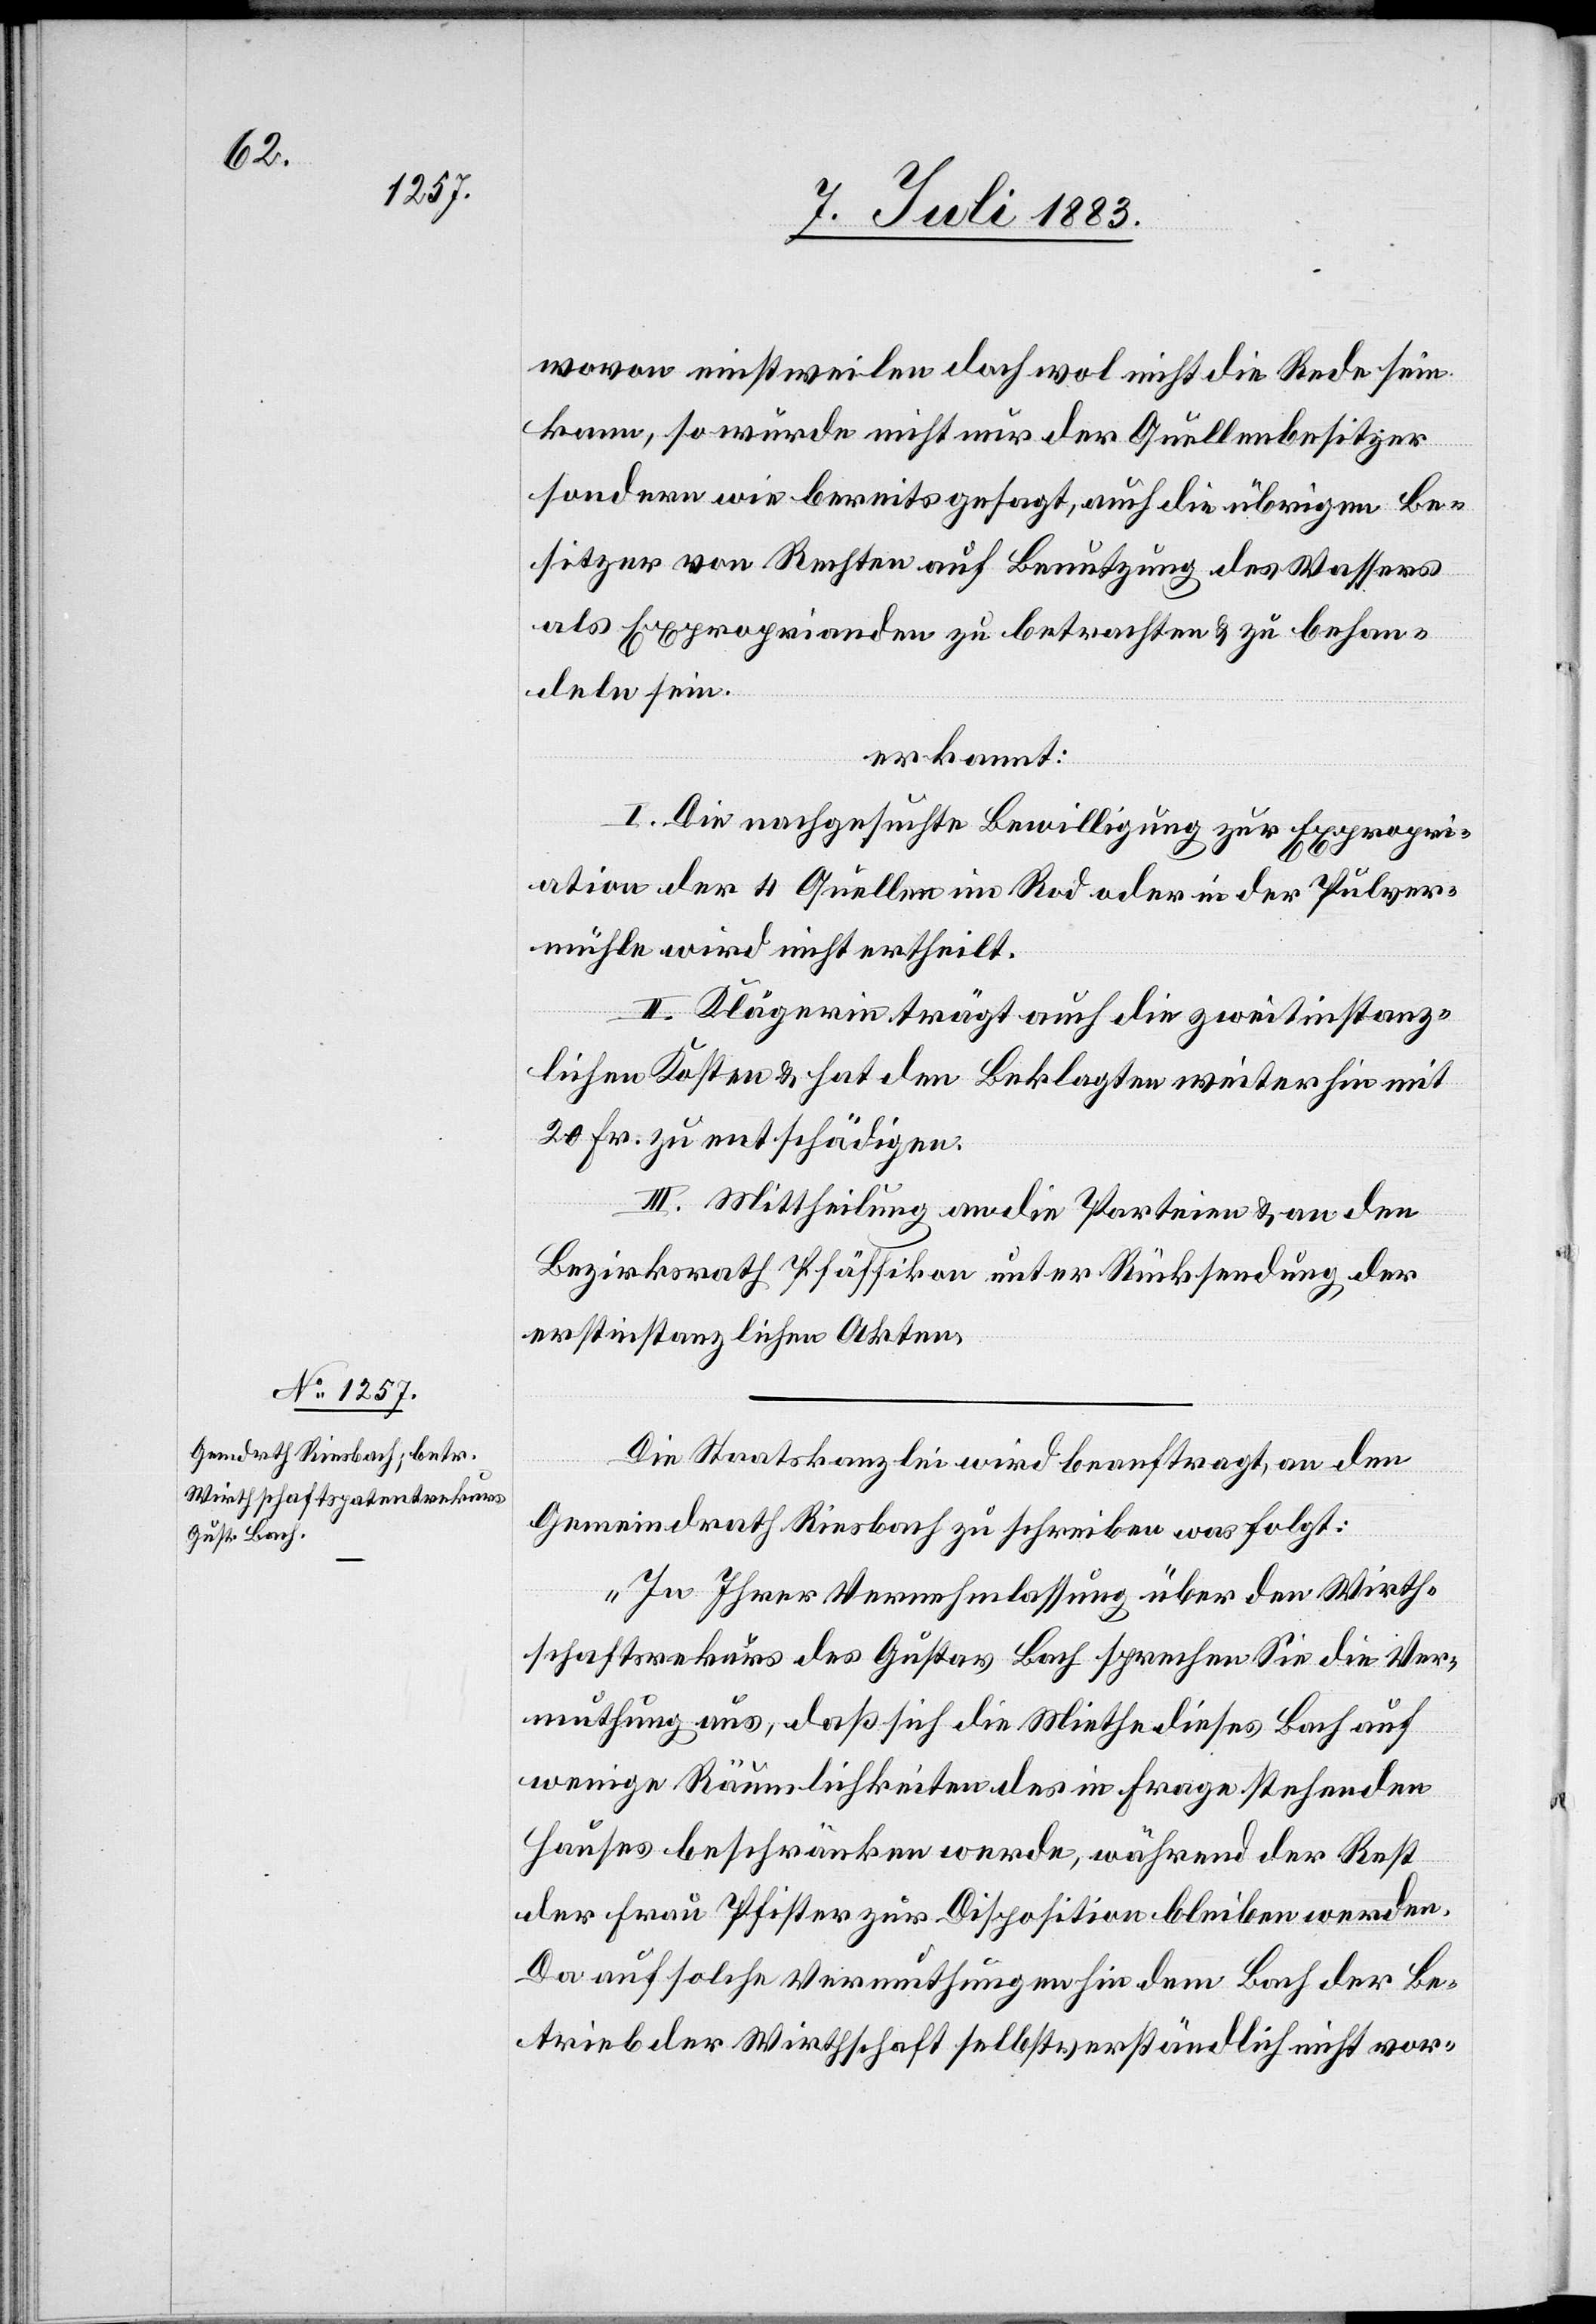
wovon einstweilen doch wol nicht die Rede sein
kann, so würde[n] nicht nur der Quellbesitzer
sondern wie bereits gesagt, auch die übrigen Be¬
sitzer von Rechten auf Benutzung des Wassers
als Exproprianden zu betrachten & zu behan¬
deln sein.
erkannt:
I. Die nachgesuchte Bewilligung zur Expropri¬
ation der 4 Quellen im Rod oder in der Pulver¬
mühle wird nicht ertheilt.
II. Klägerin trägt auch die zweitinstanz¬
lichen Kosten & hat den Beklagten weiterhin mit
20 Fr. zu entschädigen.
III. Mittheilung an die Parteien & an den
Bezirksrath Pfäffikon unter Rücksendung der
erstinstanzlichen Akten.
Die Staatskanzlei wird beauftragt, an den
Gemeindrath Riesbach zu schreiben was folgt:
„In Ihrer Vernehmlassung über den Wirth¬
schaftspatentrekurs des Gustav Bach sprechen Sie die Ver¬
muthung aus, daß sich die Miethe dieses Bach auf
wenige Räumlichkeiten des in Frage stehenden
Hauses beschränken werde, während der Rest
der Frau Pfister zur Disposition bleiben werde.
Da auf solche Vermuthungen hin dem Bach der Be¬
trieb der Wirthschaft selbstverständlich nicht vor-